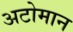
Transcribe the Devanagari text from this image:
अटोमान